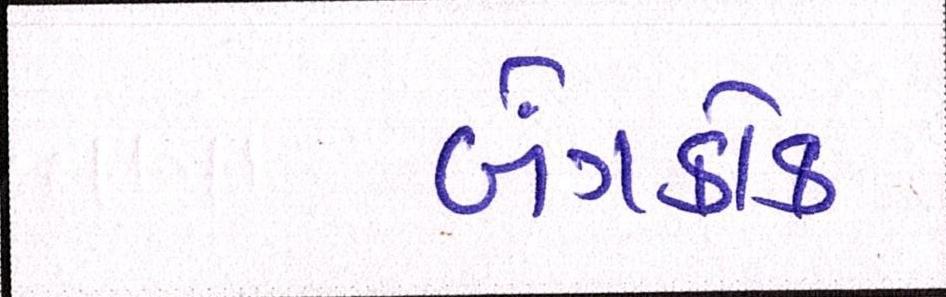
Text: બેંગકોક